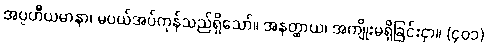
အပ္ပဟိီယမာနာ၊ မပယ်အပ်ကုန်သည်ရှိသော်။ အနတ္ထာယ၊ အကျိုးမရှိခြင်းငှာ။ (၄၀၁)